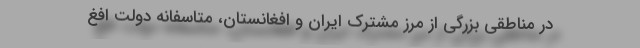
در مناطقی بزرگی از مرز مشترک ایران و افغانستان، متاسفانه دولت افغ